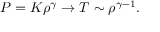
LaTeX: P = K \rho ^ { \gamma } \rightarrow T \sim \rho ^ { \gamma - 1 } .